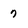
Character: 7